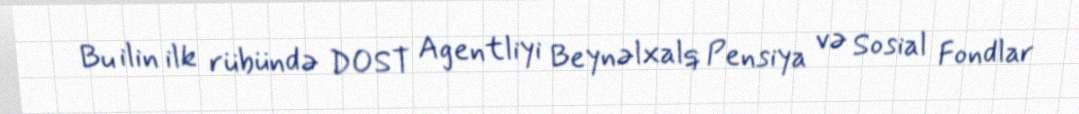
Bu ilin ilk rübündə DOST Agentliyi Beynəlxalq Pensiya və Sosial Fondlar